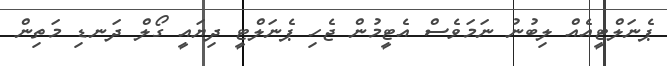
ޕެނަލްޓީއެއް ލިބުނު ނަމަވެސް އެޓީމުން ޖެހި ޕެނަލްޓީ ދިޔައީ ގޯލް ދަނޑި މަތިން